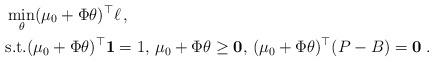
LaTeX: \begin{align*}&\min_{\theta} (\mu_0 + \Phi \theta)^\top \ell\,, \\&\mbox{s.t.}(\mu_0+\Phi\theta)^\top \mathbf 1 = 1,\, \mu_0+ \Phi \theta \geq \mathbf 0,\, (\mu_0+\Phi\theta)^\top (P - B) = \mathbf 0 \; .\end{align*}